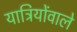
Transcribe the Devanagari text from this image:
यात्रियोंवाले